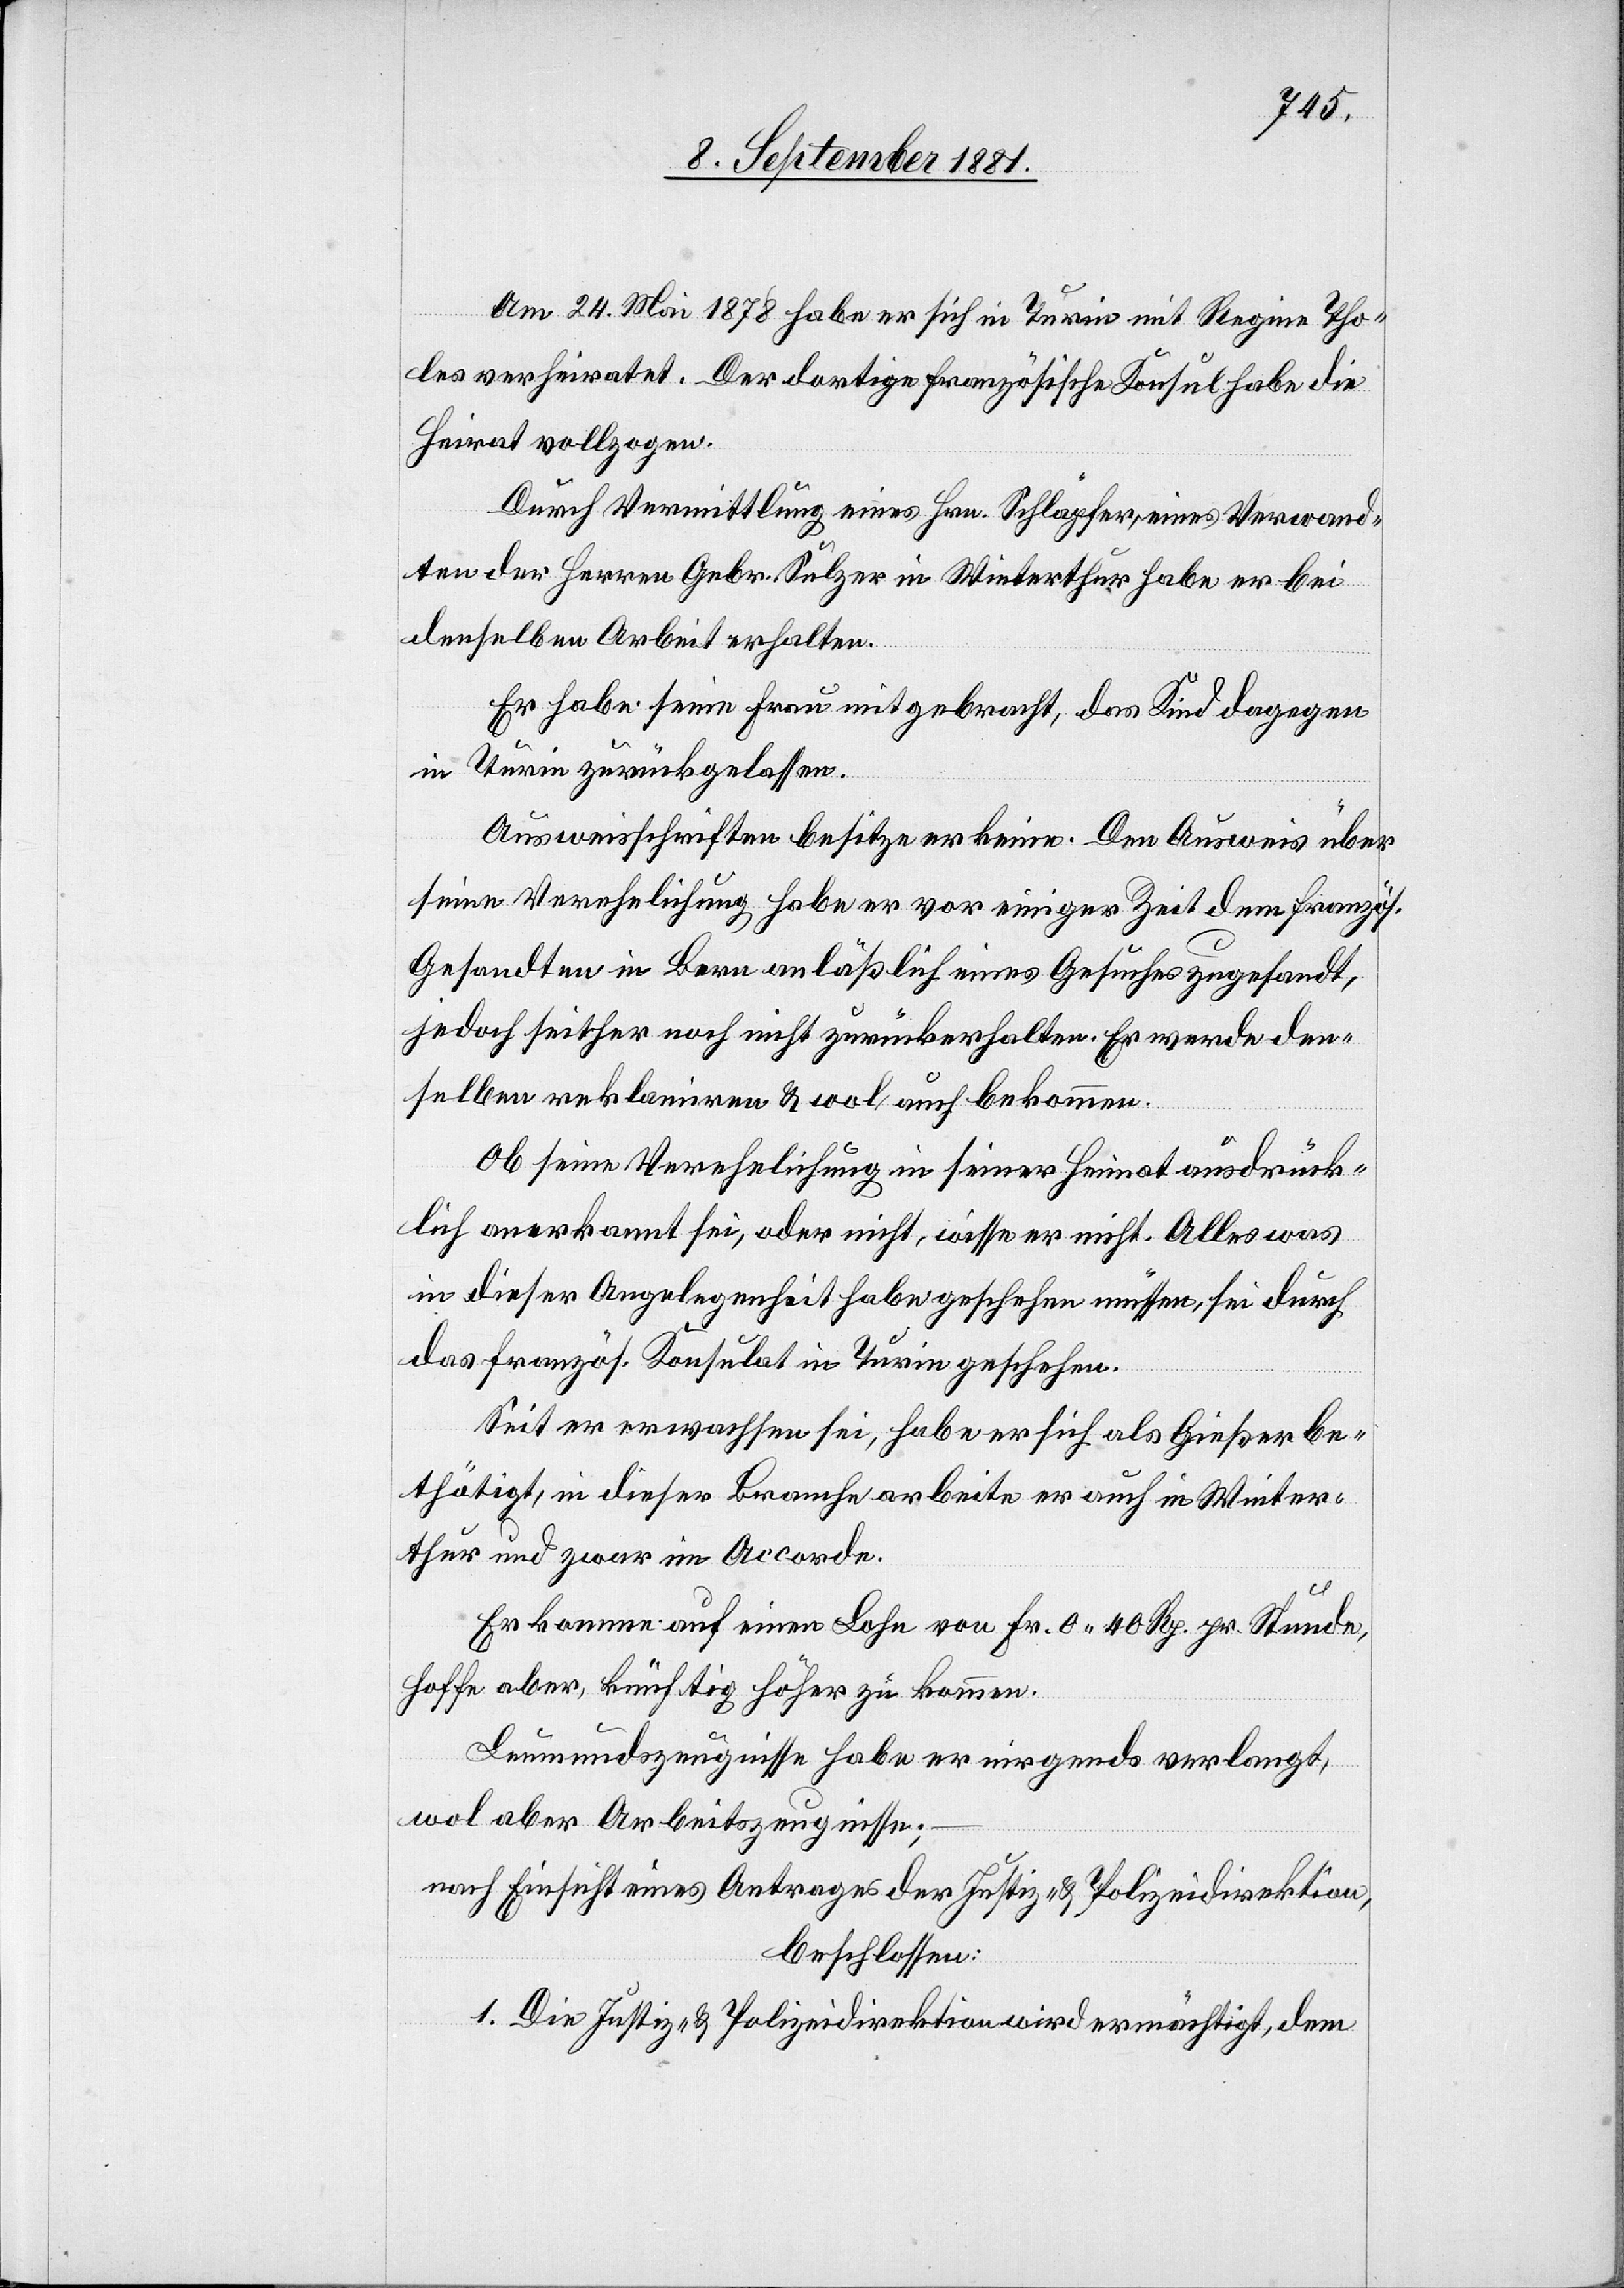
Am 24. Mai 1878 habe sich in Turin mit Regine Tho¬
les verheiratet. Der dortige französische Konsul habe die
Heirat vollzogen.
Durch Vermittlung eines Hrn. Schläpfer, eines Verwand¬
ten der Herren Gebr. Sulzer in Winterthur habe er bei
denselben Arbeit erhalten.
Er habe seine Frau mitgebracht, das Kind dagegen
in Turin zurückgelassen.
Ausweisschriften besitze er keine. Den Ausweis über
seine Verehelichung habe er vor einiger Zeit dem französ.
Gesandten in Bern anläßlich eines Gesuches zugesandt,
jedoch seither noch nicht zurückerhalten. Er werde den¬
selben reklamiren & wol auch bekommen.
Ob seine Verehelichung in seiner Heimat ausdrück¬
lich anerkannt sei, oder nicht, wisse er nicht. Alles was
in dieser Angelegenheit habe geschehen müssen, sei durch
das französ. Konsulat in Turin geschehen.
Seit er erwachsen sei, habe er sich als Gießer be¬
thätigt, in dieser Branche arbeite er auch in Winter¬
thur und zwar im Accorde.
Er komme auf einen Lohn von Fr. 0 40 Rp. pr. Stunde,
hoffe aber, künftig höher zu kommen.
Leumundszeugnisse habe er nirgends verlangt,
wol aber Arbeitszeugnisse;
nach Einsicht eines Antrages der Justiz- & Polizeidirektion,
beschlossen:
1. Die Justiz- & Polizeidirektion wird ermächtigt, dem